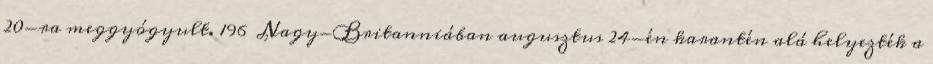
20-ra meggyógyult. 196 Nagy-Britanniában augusztus 24-én karantén alá helyezték a